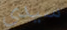
سيدي